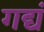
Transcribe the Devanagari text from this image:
गद्यं